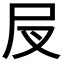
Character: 𡰫